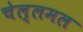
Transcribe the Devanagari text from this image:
चेल्लमल